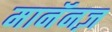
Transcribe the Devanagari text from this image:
मानॅनज़